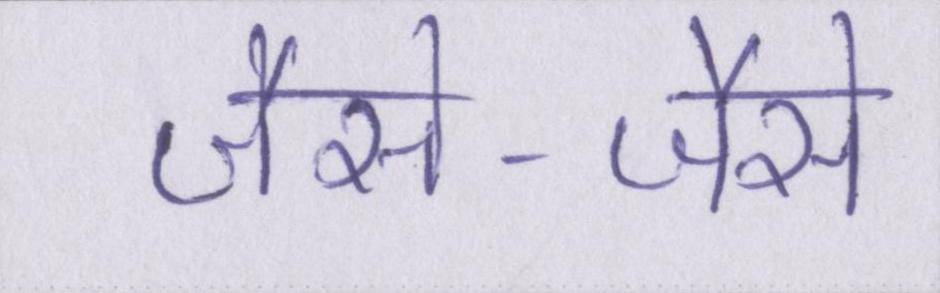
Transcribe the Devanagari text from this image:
जैसे-जैसे